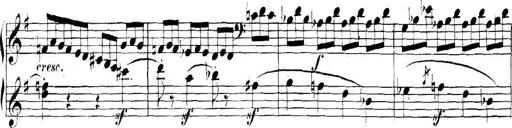
Title: Collected Piano Sonatas
Composer: Muzio Clementi